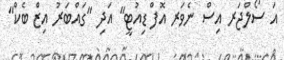
އަ ސޯލްޖަރ އިސް ނެވަރ އޮފް ޑިއުޓީ" އަދި "ގައްބަރު އިޒް ބެކް"